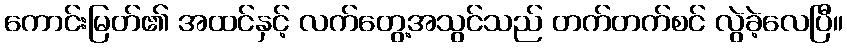
ကောင်းမြတ်၏ အထင်နှင့် လက်တွေ့အသွင်သည် တက်တက်စင် လွဲခဲ့လေပြီ။